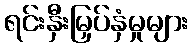
ရင်းနှီးမြှပ်နှံမှုများ